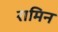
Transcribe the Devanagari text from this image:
रामिन